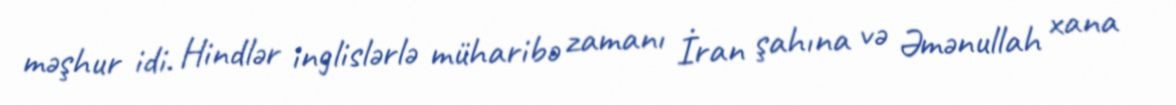
məşhur idi. Hindlər inglislərlə müharibə zamanı İran şahına və Əmənullah xana